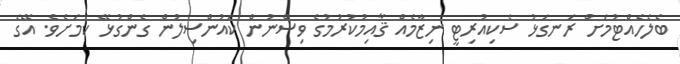
ބެލެހެއްޓުމަށް ރަނގަޅު ސެކިއުރިޓީ ނިޒާމެއް ޤާއިމުކުރުމުގެ ވިސްނުން ކައުންސިލުން ގެންގުޅޭ ކަމަށެވެ. އޭގެ